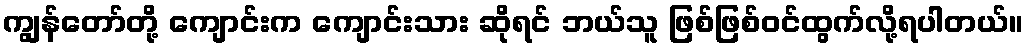
ကျွန်တော်တို့ ကျောင်းက ကျောင်းသား ဆိုရင် ဘယ်သူ ဖြစ်ဖြစ်ဝင်ထွက်လို့ရပါတယ်။